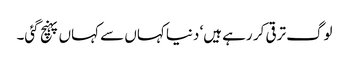
لوگ ترقی کر رہے ہیں‘ دنیا کہاں سے کہاں پہنچ گئی۔